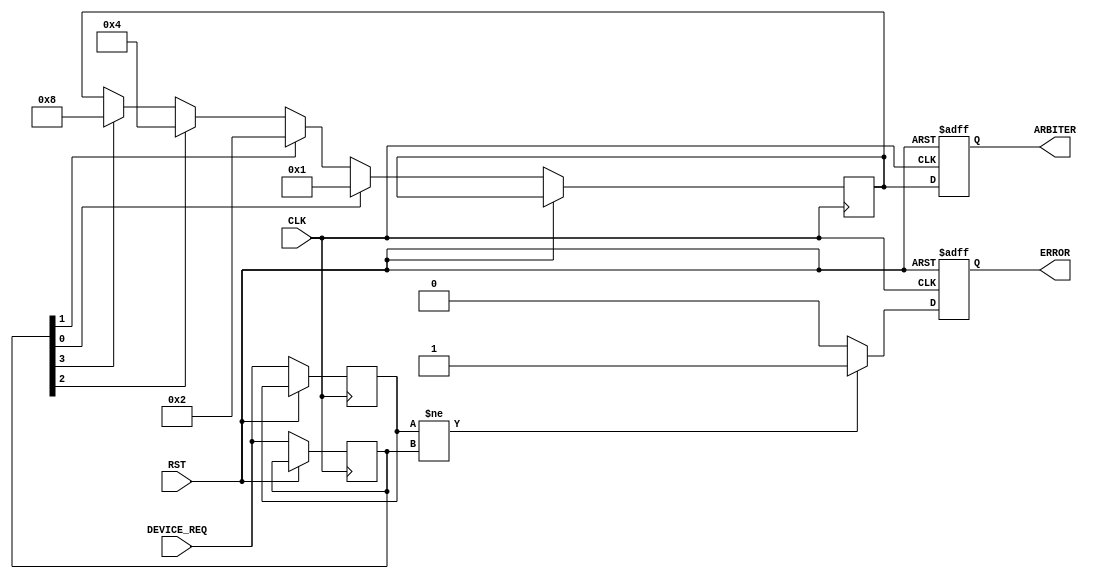
module serial_arbiter (
    input wire CLK,
    input wire RST,
    input wire [3:0] DEVICE_REQ,
    output reg [3:0] ARBITER,
    output reg ERROR
);

reg [3:0] REQ_PRIORITY;
reg [3:0] ARBITER_TEMP;
reg [3:0] REQ_SYNC;

always @(posedge CLK or posedge RST) begin
    if (RST) begin
        ARBITER <= 4'b0000;
        ERROR <= 1'b0;
    end else begin
        REQ_PRIORITY <= DEVICE_REQ;
        REQ_SYNC <= DEVICE_REQ;
        if (REQ_SYNC != REQ_PRIORITY) begin
            ERROR <= 1'b1;
        end else begin
            ERROR <= 1'b0;
        end

        if (REQ_PRIORITY[0]) begin
            ARBITER_TEMP <= 4'b0001;
        end else if (REQ_PRIORITY[1]) begin
            ARBITER_TEMP <= 4'b0010;
        end else if (REQ_PRIORITY[2]) begin
            ARBITER_TEMP <= 4'b0100;
        end else if (REQ_PRIORITY[3]) begin
            ARBITER_TEMP <= 4'b1000;
        end

        ARBITER <= ARBITER_TEMP;
    end
end

endmodule